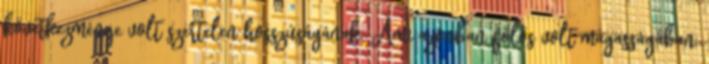
következménye volt szertelen hosszúságának. Ami azonban fölös volt magasságában,